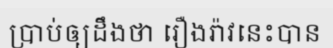
ប្រាប់ឲ្យដឹងថា រឿងរ៉ាវនេះបាន